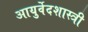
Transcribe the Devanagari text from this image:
आयुर्वेदशास्‍त्री